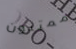
ممتنون